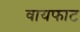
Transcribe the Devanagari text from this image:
वायफाट